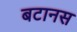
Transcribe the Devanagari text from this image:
बटानस